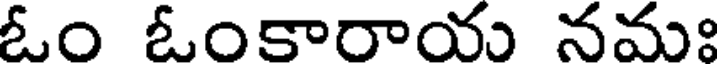
ఓం ఓంకారాయ నమః